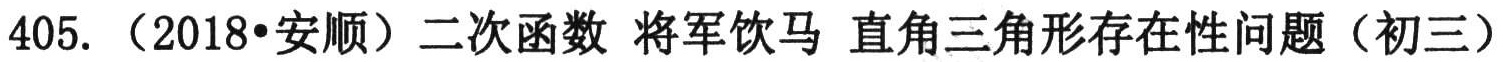
405. （2018•安顺）二次函数 将军饮马 直角三角形存在性问题（初三）